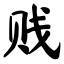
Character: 贱